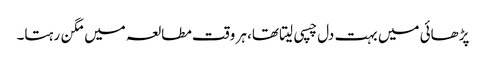
پڑھائی میں بہت دل چسپی لیتا تھا، ہر وقت مطالعہ میں مگن رہتا۔